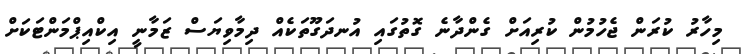
މިހާރު ކުރަން ޖެހުމުން ކުރިއަށް ގެންދާނެ ގޮތުގައި އުނދަގޫތަކެއް ދިމާވިޔަސް ޒަމާނީ އިކްއިޕްމަންޓަކަށް